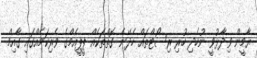
ޔާމީން ވިދާޅުވީ ނުހެދި ހުރި ރިސޯޓްތައް ހެދޭނެ ގޮތްތަކެއް ޕީޕީއެމްގެ ވެރިކަމެއްގައި ގާއިމް